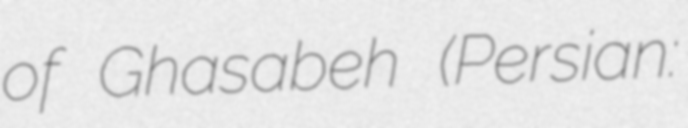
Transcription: of Ghasabeh (Persian: